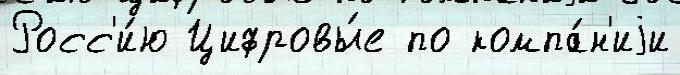
Росс'и́ю Цифровы́е по компа́н'иjи